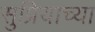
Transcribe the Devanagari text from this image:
सुप्रियाच्या